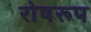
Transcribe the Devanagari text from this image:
रोषरूप